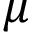
\mu